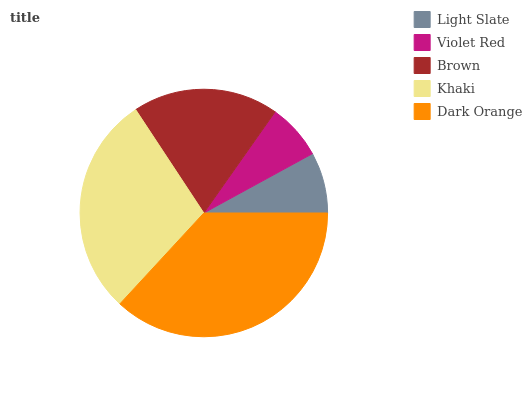
| Light Slate | Violet Red | Brown | Khaki | Dark Orange |
 | --- | --- | --- | --- | --- |
 | 7.95% | 7.27% | 19.1% | 28.8% | 36.9% |